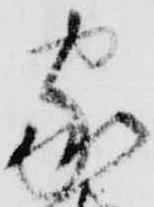
家